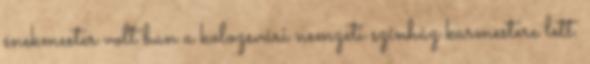
énekmester volt ban a kolozsvári nemzeti színház karmestere lett.